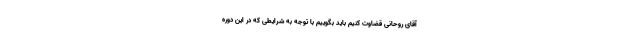
آقای روحانی قضاوت کنیم باید بگوییم با توجه به شرایطی که در این دوره